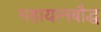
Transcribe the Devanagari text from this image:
महायानबौद्ध